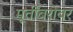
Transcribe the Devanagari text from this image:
मूर्तींबरोबर